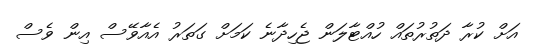
އަށް ކުރާ ދަތުރުތައް ހުއްޓާލަން ޖެހިދާނެ ކަމަށް ގަތަރު އެއާވޭސް އިން ވެސް